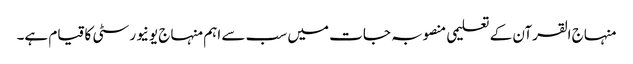
منہاج القرآن کے تعلیمی منصوبہ جات میں سب سے اہم منہاج یونیورسٹی کا قیام ہے۔